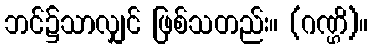
ဘင်၌သာလျှင် ဖြစ်သတည်း။ (ဂဏ္ဌိ)။